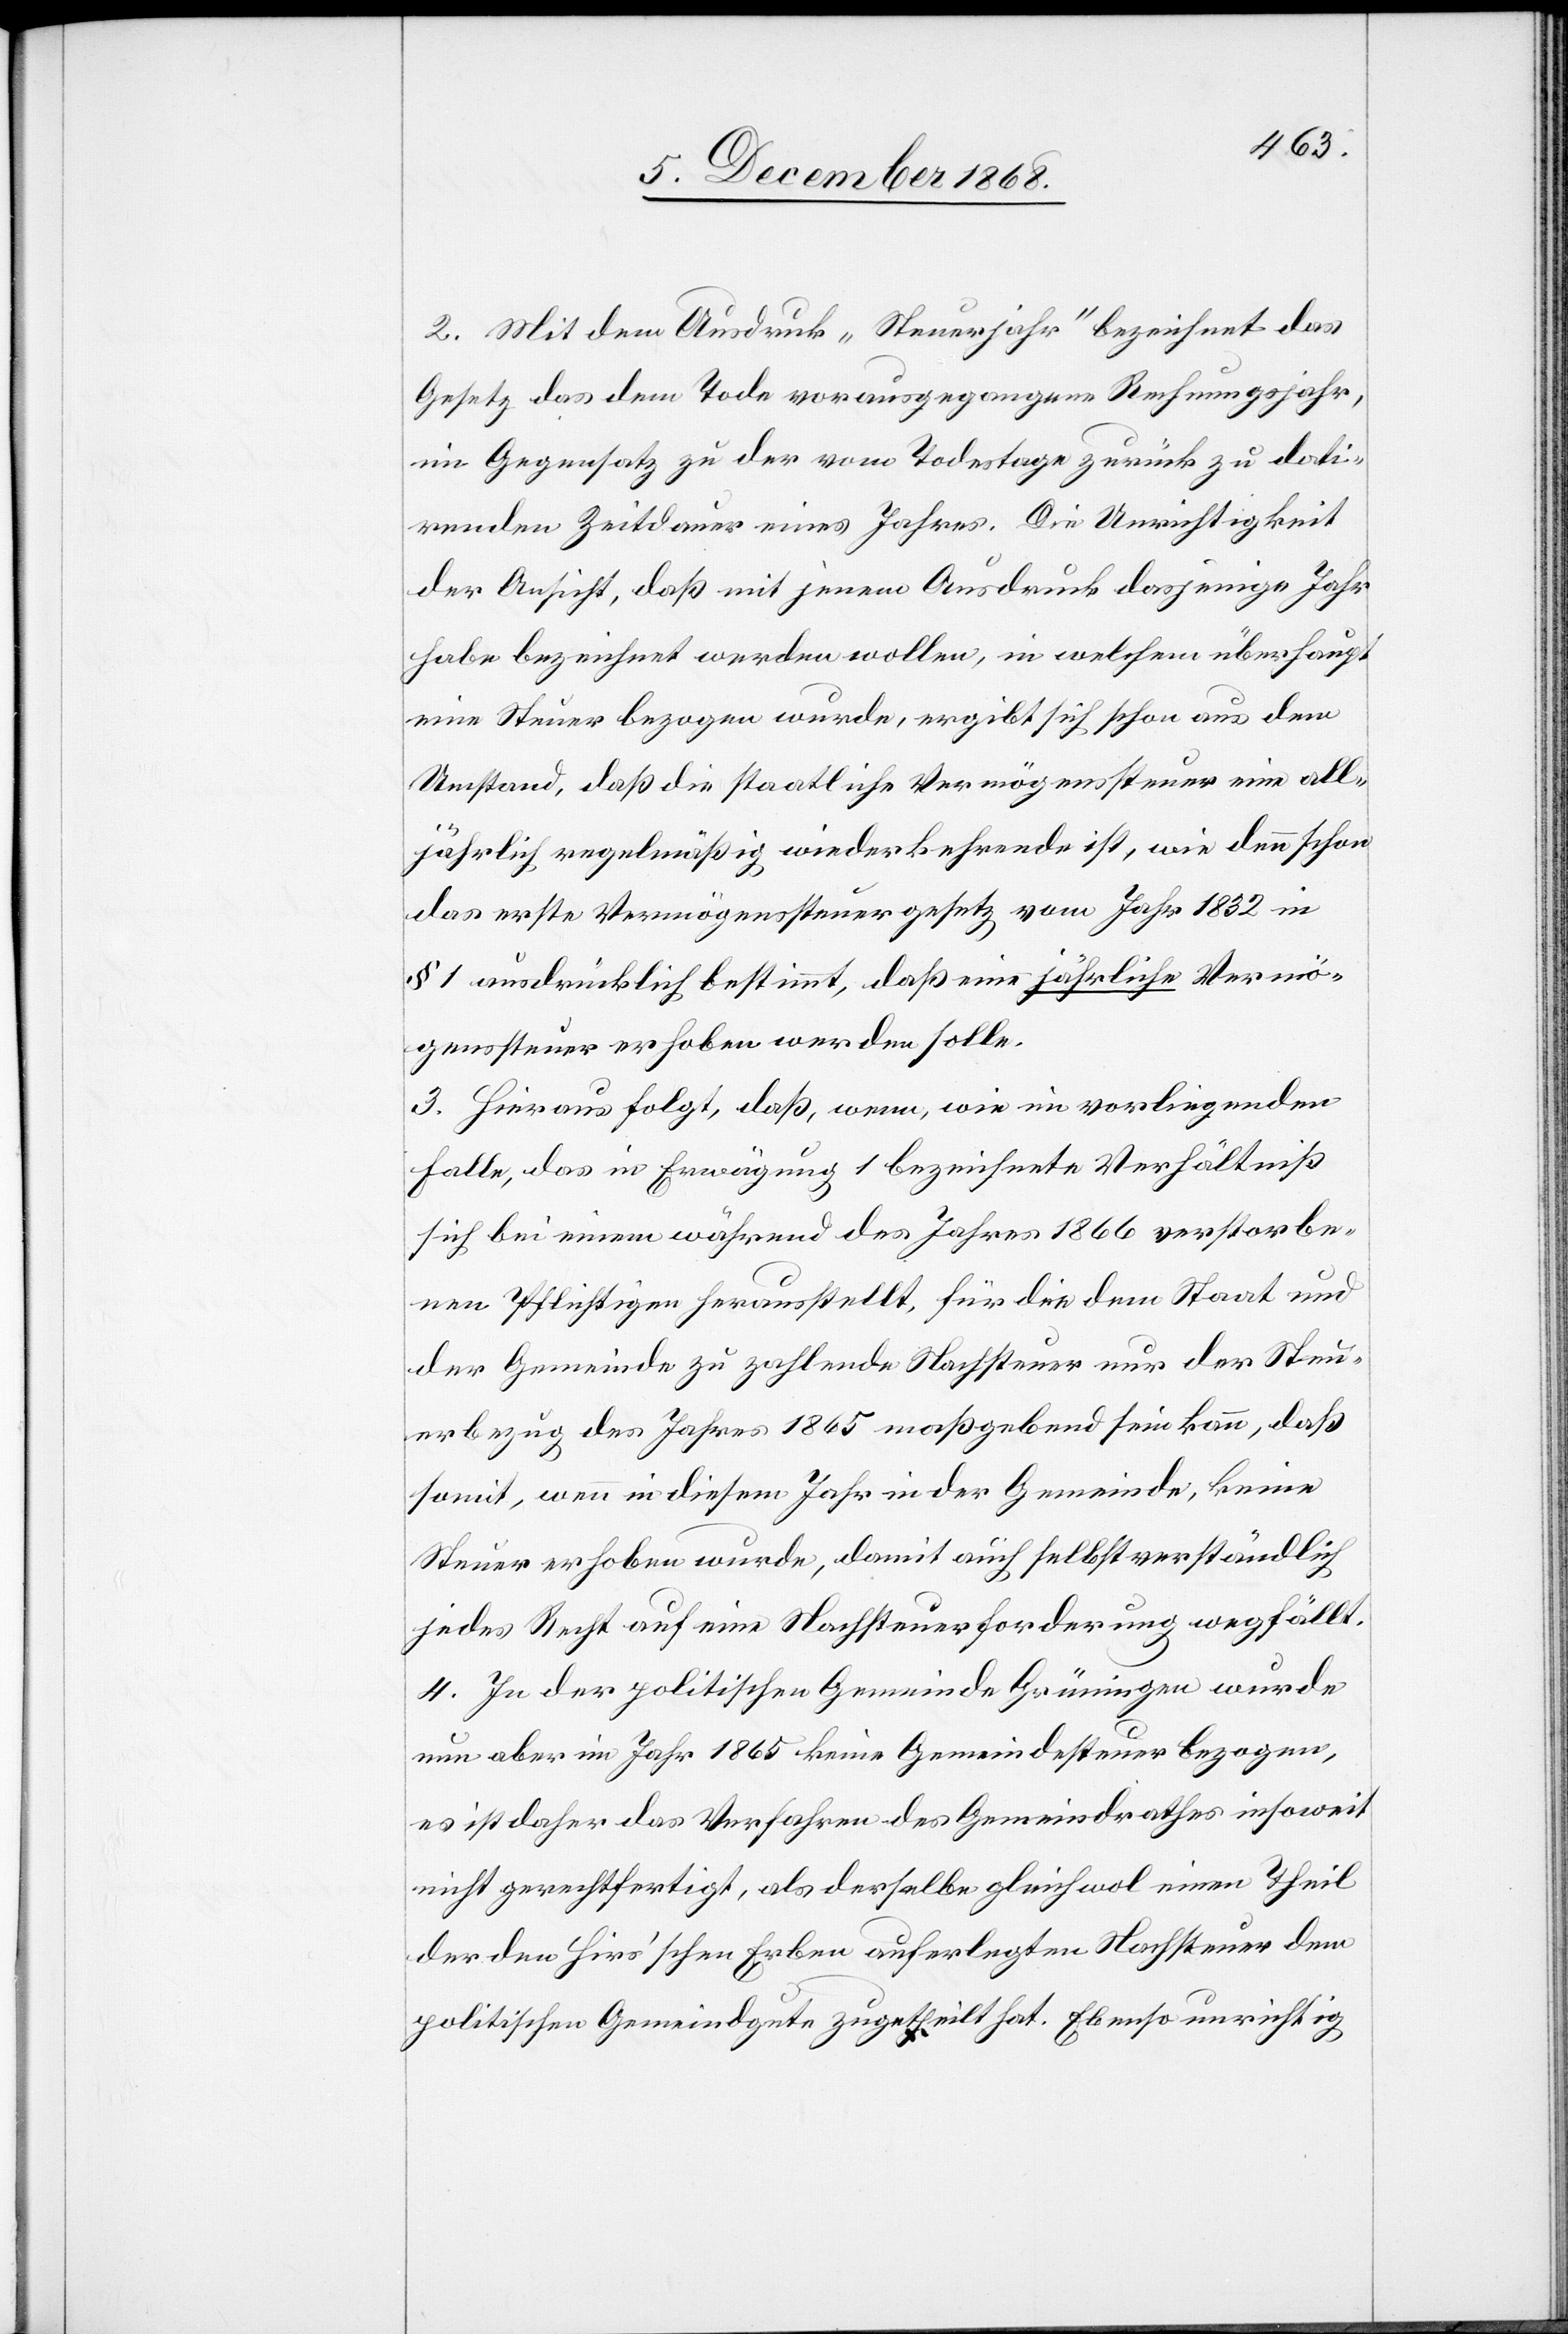
2. Mit dem Ausdruck „Steuerjahr“ bezeichnet das
Gesetz das dem Tode vorausgegangene Rechnungsjahr,
im Gegensatz zu der vom Todestage zurück zu dati¬
renden Zeitdauer eines Jahres. Die Unrichtigkeit
der Ansicht, daß mit jenem Ausdruck dasjenige Jahr
habe bezeichnet werden wollen, in welchem überhaupt
eine Steuer bezogen wurde, ergibt sich schon aus dem
Umstand, daß die staatliche Vermögenssteuer eine all¬
jährlich regelmäßig wiederkehrende ist, wie denn schon
das erste Vermögenssteuergesetz vom Jahr 1832 in
§ 1 ausdrücklich bestimmt, daß eine jährliche Vermö¬
genssteuer erhoben werden solle.
3. Hieraus folgt, daß, wenn, wie im vorliegenden
Falle, das in Erwägung 1 bezeichnete Verhältniß
sich bei einem während des Jahres 1866 verstorbe¬
nen Pflichtigen herausstellt, für die dem Staat und
der Gemeinde zu zahlende Nachsteuer nur der Steu¬
erbezug des Jahres 1865 maßgebend sein kann, daß
somit, wenn in diesem Jahr in der Gemeinde, keine
Steuer erhoben wurde, damit auch selbstverständlich
jedes Recht auf eine Nachsteuerforderung wegfällt.
4. In der politischen Gemeinde Grüningen wurde
nun aber im Jahr 1865 keine Gemeindesteuer bezogen,
es ist daher das Verfahren des Gemeindrathes insoweit
nicht gerechtfertigt, als derselbe gleichwol einen Theil
der den Hirs’schen Erben auferlegten Nachsteuer dem
politischen Gemeindgute zugetheilt hat. Ebenso unrichtig